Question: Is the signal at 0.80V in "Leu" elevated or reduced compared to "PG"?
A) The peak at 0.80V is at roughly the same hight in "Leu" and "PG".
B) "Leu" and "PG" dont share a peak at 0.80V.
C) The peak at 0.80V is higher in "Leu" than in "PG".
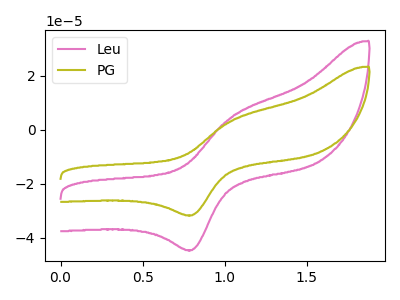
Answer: <think>The pink curve "Leu" has an anodic peak at (1.05V, 4.70uA) and a cathodic peak at (0.80V, -44.50uA). The olive curve "PG" has an anodic peak at (1.05V, 3.35uA) and a cathodic peak at (0.80V, -31.65uA).</think>
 <answer>C) The peak at 0.80V is higher in "Leu" than in "PG".</answer>
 <eval>C</eval>